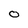
Character: O